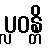
ပ္လဝန္တိ